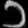
Digit: ၁